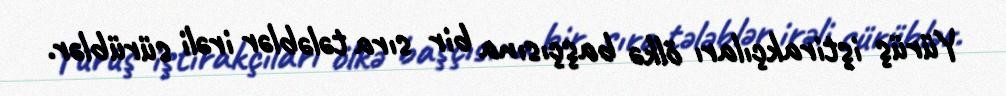
Yürüş iştirakçıları ölkə başçısına bir sıra tələblər irəli sürüblər.